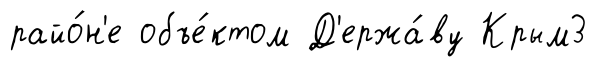
райо́н'е объе́ктом Д'ержа́ву Крым3